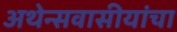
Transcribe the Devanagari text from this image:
अथेन्सवासीयांचा